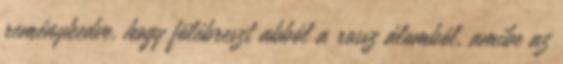
reménykedve, hogy fölébreszt abból a rossz álomból, amibe az